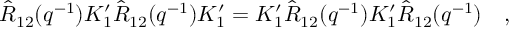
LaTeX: \hat { R } _ { 1 2 } ( q ^ { - 1 } ) K _ { 1 } ^ { \prime } \hat { R } _ { 1 2 } ( q ^ { - 1 } ) K _ { 1 } ^ { \prime } = K _ { 1 } ^ { \prime } \hat { R } _ { 1 2 } ( q ^ { - 1 } ) K _ { 1 } ^ { \prime } \hat { R } _ { 1 2 } ( q ^ { - 1 } ) \quad ,